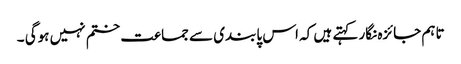
تاہم جائزہ نگار کہتے ہیں کہ اس پابندی سے جماعت ختم نہیں ہوگی ۔